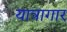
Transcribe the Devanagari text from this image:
यात्रागार